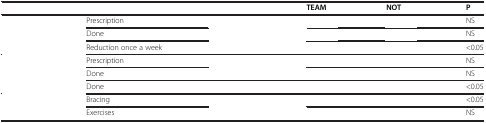
<table><thead><tr><td colspan="3">[EMPTY_CELL]</td><td><b>TEAM</b></td><td><b>NOT</b></td><td><b>P</b></td></tr></thead><tbody><tr><td>[EMPTY_CELL]</td><td>Prescription</td><td>[EMPTY_CELL]</td><td>[EMPTY_CELL]</td><td>[EMPTY_CELL]</td><td>NS</td></tr><tr><td>[EMPTY_CELL]</td><td>Done</td><td>[EMPTY_CELL]</td><td>[EMPTY_CELL]</td><td>[EMPTY_CELL]</td><td>NS</td></tr><tr><td>[EMPTY_CELL]</td><td>Reduction once a week</td><td>[EMPTY_CELL]</td><td>[EMPTY_CELL]</td><td>[EMPTY_CELL]</td><td>&lt;0.05</td></tr><tr><td>[EMPTY_CELL]</td><td>Prescription</td><td>[EMPTY_CELL]</td><td>[EMPTY_CELL]</td><td>[EMPTY_CELL]</td><td>NS</td></tr><tr><td>[EMPTY_CELL]</td><td>Done</td><td>[EMPTY_CELL]</td><td>[EMPTY_CELL]</td><td>[EMPTY_CELL]</td><td>NS</td></tr><tr><td>[EMPTY_CELL]</td><td>Done</td><td>[EMPTY_CELL]</td><td>[EMPTY_CELL]</td><td>[EMPTY_CELL]</td><td>&lt;0.05</td></tr><tr><td>[EMPTY_CELL]</td><td>Bracing</td><td>[EMPTY_CELL]</td><td>[EMPTY_CELL]</td><td>[EMPTY_CELL]</td><td>&lt;0.05</td></tr><tr><td>[EMPTY_CELL]</td><td>Exercises</td><td>[EMPTY_CELL]</td><td>[EMPTY_CELL]</td><td>[EMPTY_CELL]</td><td>NS</td></tr></tbody></table>